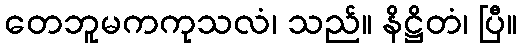
တေဘူမကကုသလံ၊ သည်။ နိဋ္ဌိတံ၊ ပြီ။